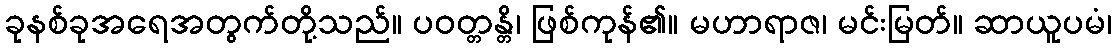
ခုနစ်ခုအရေအတွက်တို့သည်။ ပဝတ္တန္တိ၊ ဖြစ်ကုန်၏။ မဟာရာဇ၊ မင်းမြတ်။ ဆာယူပမံ၊